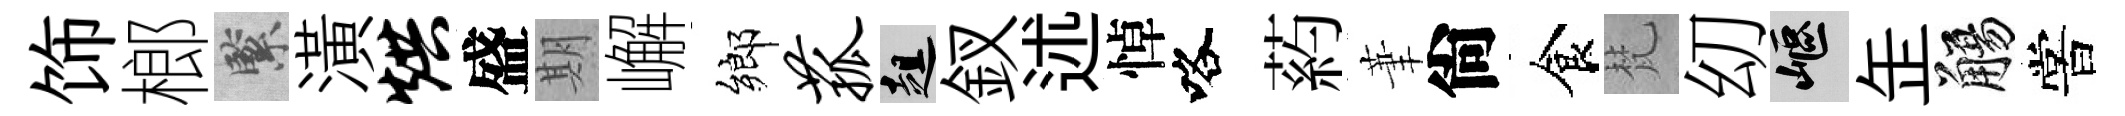
饰榔緊潢烘盛期嶰鄉菰趄釵述悼咯葯茟尙食梵㓜嶇𦈢觴嘗